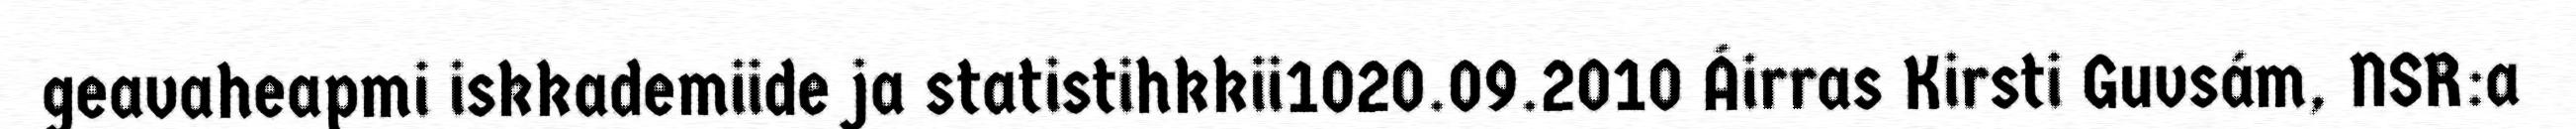
geavaheapmi iskkademiide ja statistihkkii1020.09.2010 Áirras Kirsti Guvsám, NSR:a